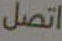
اتصل